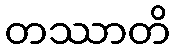
တဿာတိ